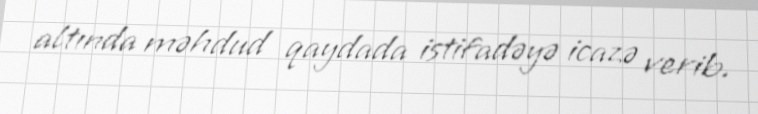
altında məhdud qaydada istifadəyə icazə verib.